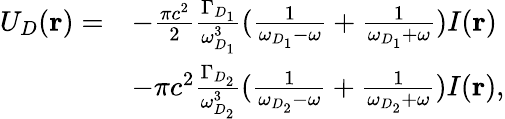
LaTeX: \begin{array}{rl}{U_{D}(\mathbf{r})=}&{-\frac{\pi c^{2}}{2}\frac{\Gamma_{D_{1}}}{\omega_{D_{1}}^{3}}(\frac{1}{\omega_{D_{1}}-\omega}+\frac{1}{\omega_{D_{1}}+\omega})I(\mathbf{r})}\\ &{-\pi c^{2}\frac{\Gamma_{D_{2}}}{\omega_{D_{2}}^{3}}(\frac{1}{\omega_{D_{2}}-\omega}+\frac{1}{\omega_{D_{2}}+\omega})I(\mathbf{r}),}\end{array}